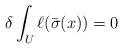
LaTeX: \begin{align*}\delta\int_U\ell(\bar\sigma(x))=0\end{align*}